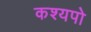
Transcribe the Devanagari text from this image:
कश्यपो